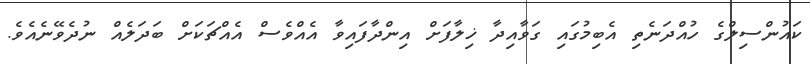
ކައުންސިލްގެ ހުއްދަނެތި އެބިމުގައި ގަވާއިދާ ޚިލާފަށް އިންދާފައިވާ އެއްވެސް އެއްޗަކަށް ބަދަލެއް ނުދެވޭނެއެވެ.